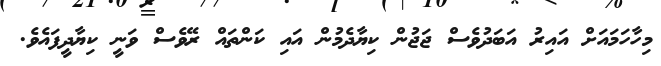
މިހާހަމައަށް އައިރު އަބަދުވެސް ޖަޖުން ކިޔާދެމުން އައި ކަންތައް ރޭވެސް ވަނީ ކިޔާދީފައެވެ.